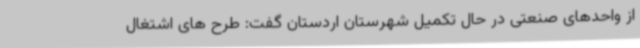
از واحدهای صنعتی در حال تکمیل شهرستان اردستان گفت: طرح های اشتغال